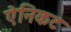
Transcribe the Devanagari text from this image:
ऐनिकट